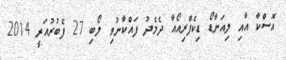
އޮސްކާ އާއި ލިއަނާޑޯ ޑިކެޕްރިއޯއާ ދެމެދު ފައްކާނުވި ލޯބި 27 ފެބުރުއަރީ 2014